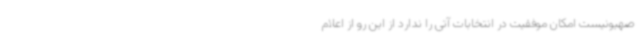
صهیونیست امکان موفقیت در انتخابات آتی را ندارد از این رو از اعلام